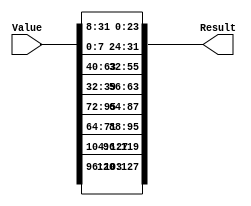
`default_nettype none
// PLEASE READ THIS, IT MAY SAVE YOU SOME TIME AND MONEY, THANK YOU!
// * This file was generated by Quokka FPGA Toolkit.
// * Generated code is your property, do whatever you want with it
// * Place custom code between [BEGIN USER ***] and [END USER ***].
// * CAUTION: All code outside of [USER] scope is subject to regeneration.
// * Bad things happen sometimes in developer's life,
//   it is recommended to use source control management software (e.g. git, bzr etc) to keep your custom code safe'n'sound.
// * Internal structure of code is subject to change.
//   You can use some of signals in custom code, but most likely they will not exist in future (e.g. will get shorter or gone completely)
// * Please send your feedback, comments, improvement ideas etc. to evmuryshkin@gmail.com
// * Visit https://github.com/EvgenyMuryshkin/QuokkaEvaluation to access latest version of playground
// 
// DISCLAIMER:
//   Code comes AS-IS, it is your responsibility to make sure it is working as expected
//   no responsibility will be taken for any loss or damage caused by use of Quokka toolkit.
// 
// System configuration name is ShiftTestModule_TopLevel_ShiftTestModule_shift, clock frequency is 1Hz, Embedded
// FSM summary
// -- Packages
module ShiftTestModule_TopLevel_ShiftTestModule_shift (
// [BEGIN USER PORTS]
// [END USER PORTS]

	input  [128: 1] Value,
	output [128: 1] Result
    );

// [BEGIN USER SIGNALS]
// [END USER SIGNALS]
localparam HiSignal = 1'b1;
localparam LoSignal = 1'b0;
wire  Zero = 1'b0;
wire  One = 1'b1;
wire  true = 1'b1;
wire  false = 1'b0;
wire  [128:1] Inputs_Value;
wire  [32:1] ShiftModule_L19F13L31T14_ShiftModule_L20F28T49_Index;
wire  [32:1] ShiftModule_L19F13L31T14_row3;
wire  [32:1] ShiftModule_L19F13L31T14_ShiftModule_L21F28T48_Index;
wire  [32:1] ShiftModule_L19F13L31T14_row2;
wire  [32:1] ShiftModule_L19F13L31T14_ShiftModule_L22F28T48_Index;
wire  [32:1] ShiftModule_L19F13L31T14_row1;
wire  [32:1] ShiftModule_L19F13L31T14_ShiftModule_L23F28T47_Index;
wire  [32:1] ShiftModule_L19F13L31T14_row0;
wire  [128:1] ShiftModule_L19F13L31T14_ShiftModule_L25F24L30T22_Source;
wire  [32:1] ShiftModule_L19F13L31T14_ShiftModule_L26F21T61_Source;
wire  [8:1] ShiftModule_L19F13L31T14_ShiftModule_L26F37T47_Index;
wire  [24:1] ShiftModule_L19F13L31T14_ShiftModule_L26F49T60_Index;
wire  [32:1] ShiftModule_L19F13L31T14_ShiftModule_L27F21T61_Source;
wire  [8:1] ShiftModule_L19F13L31T14_ShiftModule_L27F37T47_Index;
wire  [24:1] ShiftModule_L19F13L31T14_ShiftModule_L27F49T60_Index;
wire  [32:1] ShiftModule_L19F13L31T14_ShiftModule_L28F21T61_Source;
wire  [8:1] ShiftModule_L19F13L31T14_ShiftModule_L28F37T47_Index;
wire  [24:1] ShiftModule_L19F13L31T14_ShiftModule_L28F49T60_Index;
wire  [32:1] ShiftModule_L19F13L31T14_ShiftModule_L29F21T61_Source;
wire  [8:1] ShiftModule_L19F13L31T14_ShiftModule_L29F37T47_Index;
wire  [24:1] ShiftModule_L19F13L31T14_ShiftModule_L29F49T60_Index;
assign Inputs_Value = Value;
assign ShiftModule_L19F13L31T14_ShiftModule_L20F28T49_Index = Inputs_Value[128:97];
assign ShiftModule_L19F13L31T14_row3 = ShiftModule_L19F13L31T14_ShiftModule_L20F28T49_Index;
assign ShiftModule_L19F13L31T14_ShiftModule_L21F28T48_Index = Inputs_Value[96:65];
assign ShiftModule_L19F13L31T14_row2 = ShiftModule_L19F13L31T14_ShiftModule_L21F28T48_Index;
assign ShiftModule_L19F13L31T14_ShiftModule_L22F28T48_Index = Inputs_Value[64:33];
assign ShiftModule_L19F13L31T14_row1 = ShiftModule_L19F13L31T14_ShiftModule_L22F28T48_Index;
assign ShiftModule_L19F13L31T14_ShiftModule_L23F28T47_Index = Inputs_Value[32:1];
assign ShiftModule_L19F13L31T14_row0 = ShiftModule_L19F13L31T14_ShiftModule_L23F28T47_Index;
assign ShiftModule_L19F13L31T14_ShiftModule_L26F37T47_Index = ShiftModule_L19F13L31T14_row3[8:1];
assign ShiftModule_L19F13L31T14_ShiftModule_L26F49T60_Index = ShiftModule_L19F13L31T14_row3[32:9];
assign ShiftModule_L19F13L31T14_ShiftModule_L26F21T61_Source[1] = ShiftModule_L19F13L31T14_ShiftModule_L26F49T60_Index[1];
assign ShiftModule_L19F13L31T14_ShiftModule_L26F21T61_Source[2] = ShiftModule_L19F13L31T14_ShiftModule_L26F49T60_Index[2];
assign ShiftModule_L19F13L31T14_ShiftModule_L26F21T61_Source[3] = ShiftModule_L19F13L31T14_ShiftModule_L26F49T60_Index[3];
assign ShiftModule_L19F13L31T14_ShiftModule_L26F21T61_Source[4] = ShiftModule_L19F13L31T14_ShiftModule_L26F49T60_Index[4];
assign ShiftModule_L19F13L31T14_ShiftModule_L26F21T61_Source[5] = ShiftModule_L19F13L31T14_ShiftModule_L26F49T60_Index[5];
assign ShiftModule_L19F13L31T14_ShiftModule_L26F21T61_Source[6] = ShiftModule_L19F13L31T14_ShiftModule_L26F49T60_Index[6];
assign ShiftModule_L19F13L31T14_ShiftModule_L26F21T61_Source[7] = ShiftModule_L19F13L31T14_ShiftModule_L26F49T60_Index[7];
assign ShiftModule_L19F13L31T14_ShiftModule_L26F21T61_Source[8] = ShiftModule_L19F13L31T14_ShiftModule_L26F49T60_Index[8];
assign ShiftModule_L19F13L31T14_ShiftModule_L26F21T61_Source[9] = ShiftModule_L19F13L31T14_ShiftModule_L26F49T60_Index[9];
assign ShiftModule_L19F13L31T14_ShiftModule_L26F21T61_Source[10] = ShiftModule_L19F13L31T14_ShiftModule_L26F49T60_Index[10];
assign ShiftModule_L19F13L31T14_ShiftModule_L26F21T61_Source[11] = ShiftModule_L19F13L31T14_ShiftModule_L26F49T60_Index[11];
assign ShiftModule_L19F13L31T14_ShiftModule_L26F21T61_Source[12] = ShiftModule_L19F13L31T14_ShiftModule_L26F49T60_Index[12];
assign ShiftModule_L19F13L31T14_ShiftModule_L26F21T61_Source[13] = ShiftModule_L19F13L31T14_ShiftModule_L26F49T60_Index[13];
assign ShiftModule_L19F13L31T14_ShiftModule_L26F21T61_Source[14] = ShiftModule_L19F13L31T14_ShiftModule_L26F49T60_Index[14];
assign ShiftModule_L19F13L31T14_ShiftModule_L26F21T61_Source[15] = ShiftModule_L19F13L31T14_ShiftModule_L26F49T60_Index[15];
assign ShiftModule_L19F13L31T14_ShiftModule_L26F21T61_Source[16] = ShiftModule_L19F13L31T14_ShiftModule_L26F49T60_Index[16];
assign ShiftModule_L19F13L31T14_ShiftModule_L26F21T61_Source[17] = ShiftModule_L19F13L31T14_ShiftModule_L26F49T60_Index[17];
assign ShiftModule_L19F13L31T14_ShiftModule_L26F21T61_Source[18] = ShiftModule_L19F13L31T14_ShiftModule_L26F49T60_Index[18];
assign ShiftModule_L19F13L31T14_ShiftModule_L26F21T61_Source[19] = ShiftModule_L19F13L31T14_ShiftModule_L26F49T60_Index[19];
assign ShiftModule_L19F13L31T14_ShiftModule_L26F21T61_Source[20] = ShiftModule_L19F13L31T14_ShiftModule_L26F49T60_Index[20];
assign ShiftModule_L19F13L31T14_ShiftModule_L26F21T61_Source[21] = ShiftModule_L19F13L31T14_ShiftModule_L26F49T60_Index[21];
assign ShiftModule_L19F13L31T14_ShiftModule_L26F21T61_Source[22] = ShiftModule_L19F13L31T14_ShiftModule_L26F49T60_Index[22];
assign ShiftModule_L19F13L31T14_ShiftModule_L26F21T61_Source[23] = ShiftModule_L19F13L31T14_ShiftModule_L26F49T60_Index[23];
assign ShiftModule_L19F13L31T14_ShiftModule_L26F21T61_Source[24] = ShiftModule_L19F13L31T14_ShiftModule_L26F49T60_Index[24];
assign ShiftModule_L19F13L31T14_ShiftModule_L26F21T61_Source[25] = ShiftModule_L19F13L31T14_ShiftModule_L26F37T47_Index[1];
assign ShiftModule_L19F13L31T14_ShiftModule_L26F21T61_Source[26] = ShiftModule_L19F13L31T14_ShiftModule_L26F37T47_Index[2];
assign ShiftModule_L19F13L31T14_ShiftModule_L26F21T61_Source[27] = ShiftModule_L19F13L31T14_ShiftModule_L26F37T47_Index[3];
assign ShiftModule_L19F13L31T14_ShiftModule_L26F21T61_Source[28] = ShiftModule_L19F13L31T14_ShiftModule_L26F37T47_Index[4];
assign ShiftModule_L19F13L31T14_ShiftModule_L26F21T61_Source[29] = ShiftModule_L19F13L31T14_ShiftModule_L26F37T47_Index[5];
assign ShiftModule_L19F13L31T14_ShiftModule_L26F21T61_Source[30] = ShiftModule_L19F13L31T14_ShiftModule_L26F37T47_Index[6];
assign ShiftModule_L19F13L31T14_ShiftModule_L26F21T61_Source[31] = ShiftModule_L19F13L31T14_ShiftModule_L26F37T47_Index[7];
assign ShiftModule_L19F13L31T14_ShiftModule_L26F21T61_Source[32] = ShiftModule_L19F13L31T14_ShiftModule_L26F37T47_Index[8];
assign ShiftModule_L19F13L31T14_ShiftModule_L27F37T47_Index = ShiftModule_L19F13L31T14_row2[8:1];
assign ShiftModule_L19F13L31T14_ShiftModule_L27F49T60_Index = ShiftModule_L19F13L31T14_row2[32:9];
assign ShiftModule_L19F13L31T14_ShiftModule_L27F21T61_Source[1] = ShiftModule_L19F13L31T14_ShiftModule_L27F49T60_Index[1];
assign ShiftModule_L19F13L31T14_ShiftModule_L27F21T61_Source[2] = ShiftModule_L19F13L31T14_ShiftModule_L27F49T60_Index[2];
assign ShiftModule_L19F13L31T14_ShiftModule_L27F21T61_Source[3] = ShiftModule_L19F13L31T14_ShiftModule_L27F49T60_Index[3];
assign ShiftModule_L19F13L31T14_ShiftModule_L27F21T61_Source[4] = ShiftModule_L19F13L31T14_ShiftModule_L27F49T60_Index[4];
assign ShiftModule_L19F13L31T14_ShiftModule_L27F21T61_Source[5] = ShiftModule_L19F13L31T14_ShiftModule_L27F49T60_Index[5];
assign ShiftModule_L19F13L31T14_ShiftModule_L27F21T61_Source[6] = ShiftModule_L19F13L31T14_ShiftModule_L27F49T60_Index[6];
assign ShiftModule_L19F13L31T14_ShiftModule_L27F21T61_Source[7] = ShiftModule_L19F13L31T14_ShiftModule_L27F49T60_Index[7];
assign ShiftModule_L19F13L31T14_ShiftModule_L27F21T61_Source[8] = ShiftModule_L19F13L31T14_ShiftModule_L27F49T60_Index[8];
assign ShiftModule_L19F13L31T14_ShiftModule_L27F21T61_Source[9] = ShiftModule_L19F13L31T14_ShiftModule_L27F49T60_Index[9];
assign ShiftModule_L19F13L31T14_ShiftModule_L27F21T61_Source[10] = ShiftModule_L19F13L31T14_ShiftModule_L27F49T60_Index[10];
assign ShiftModule_L19F13L31T14_ShiftModule_L27F21T61_Source[11] = ShiftModule_L19F13L31T14_ShiftModule_L27F49T60_Index[11];
assign ShiftModule_L19F13L31T14_ShiftModule_L27F21T61_Source[12] = ShiftModule_L19F13L31T14_ShiftModule_L27F49T60_Index[12];
assign ShiftModule_L19F13L31T14_ShiftModule_L27F21T61_Source[13] = ShiftModule_L19F13L31T14_ShiftModule_L27F49T60_Index[13];
assign ShiftModule_L19F13L31T14_ShiftModule_L27F21T61_Source[14] = ShiftModule_L19F13L31T14_ShiftModule_L27F49T60_Index[14];
assign ShiftModule_L19F13L31T14_ShiftModule_L27F21T61_Source[15] = ShiftModule_L19F13L31T14_ShiftModule_L27F49T60_Index[15];
assign ShiftModule_L19F13L31T14_ShiftModule_L27F21T61_Source[16] = ShiftModule_L19F13L31T14_ShiftModule_L27F49T60_Index[16];
assign ShiftModule_L19F13L31T14_ShiftModule_L27F21T61_Source[17] = ShiftModule_L19F13L31T14_ShiftModule_L27F49T60_Index[17];
assign ShiftModule_L19F13L31T14_ShiftModule_L27F21T61_Source[18] = ShiftModule_L19F13L31T14_ShiftModule_L27F49T60_Index[18];
assign ShiftModule_L19F13L31T14_ShiftModule_L27F21T61_Source[19] = ShiftModule_L19F13L31T14_ShiftModule_L27F49T60_Index[19];
assign ShiftModule_L19F13L31T14_ShiftModule_L27F21T61_Source[20] = ShiftModule_L19F13L31T14_ShiftModule_L27F49T60_Index[20];
assign ShiftModule_L19F13L31T14_ShiftModule_L27F21T61_Source[21] = ShiftModule_L19F13L31T14_ShiftModule_L27F49T60_Index[21];
assign ShiftModule_L19F13L31T14_ShiftModule_L27F21T61_Source[22] = ShiftModule_L19F13L31T14_ShiftModule_L27F49T60_Index[22];
assign ShiftModule_L19F13L31T14_ShiftModule_L27F21T61_Source[23] = ShiftModule_L19F13L31T14_ShiftModule_L27F49T60_Index[23];
assign ShiftModule_L19F13L31T14_ShiftModule_L27F21T61_Source[24] = ShiftModule_L19F13L31T14_ShiftModule_L27F49T60_Index[24];
assign ShiftModule_L19F13L31T14_ShiftModule_L27F21T61_Source[25] = ShiftModule_L19F13L31T14_ShiftModule_L27F37T47_Index[1];
assign ShiftModule_L19F13L31T14_ShiftModule_L27F21T61_Source[26] = ShiftModule_L19F13L31T14_ShiftModule_L27F37T47_Index[2];
assign ShiftModule_L19F13L31T14_ShiftModule_L27F21T61_Source[27] = ShiftModule_L19F13L31T14_ShiftModule_L27F37T47_Index[3];
assign ShiftModule_L19F13L31T14_ShiftModule_L27F21T61_Source[28] = ShiftModule_L19F13L31T14_ShiftModule_L27F37T47_Index[4];
assign ShiftModule_L19F13L31T14_ShiftModule_L27F21T61_Source[29] = ShiftModule_L19F13L31T14_ShiftModule_L27F37T47_Index[5];
assign ShiftModule_L19F13L31T14_ShiftModule_L27F21T61_Source[30] = ShiftModule_L19F13L31T14_ShiftModule_L27F37T47_Index[6];
assign ShiftModule_L19F13L31T14_ShiftModule_L27F21T61_Source[31] = ShiftModule_L19F13L31T14_ShiftModule_L27F37T47_Index[7];
assign ShiftModule_L19F13L31T14_ShiftModule_L27F21T61_Source[32] = ShiftModule_L19F13L31T14_ShiftModule_L27F37T47_Index[8];
assign ShiftModule_L19F13L31T14_ShiftModule_L28F37T47_Index = ShiftModule_L19F13L31T14_row1[8:1];
assign ShiftModule_L19F13L31T14_ShiftModule_L28F49T60_Index = ShiftModule_L19F13L31T14_row1[32:9];
assign ShiftModule_L19F13L31T14_ShiftModule_L28F21T61_Source[1] = ShiftModule_L19F13L31T14_ShiftModule_L28F49T60_Index[1];
assign ShiftModule_L19F13L31T14_ShiftModule_L28F21T61_Source[2] = ShiftModule_L19F13L31T14_ShiftModule_L28F49T60_Index[2];
assign ShiftModule_L19F13L31T14_ShiftModule_L28F21T61_Source[3] = ShiftModule_L19F13L31T14_ShiftModule_L28F49T60_Index[3];
assign ShiftModule_L19F13L31T14_ShiftModule_L28F21T61_Source[4] = ShiftModule_L19F13L31T14_ShiftModule_L28F49T60_Index[4];
assign ShiftModule_L19F13L31T14_ShiftModule_L28F21T61_Source[5] = ShiftModule_L19F13L31T14_ShiftModule_L28F49T60_Index[5];
assign ShiftModule_L19F13L31T14_ShiftModule_L28F21T61_Source[6] = ShiftModule_L19F13L31T14_ShiftModule_L28F49T60_Index[6];
assign ShiftModule_L19F13L31T14_ShiftModule_L28F21T61_Source[7] = ShiftModule_L19F13L31T14_ShiftModule_L28F49T60_Index[7];
assign ShiftModule_L19F13L31T14_ShiftModule_L28F21T61_Source[8] = ShiftModule_L19F13L31T14_ShiftModule_L28F49T60_Index[8];
assign ShiftModule_L19F13L31T14_ShiftModule_L28F21T61_Source[9] = ShiftModule_L19F13L31T14_ShiftModule_L28F49T60_Index[9];
assign ShiftModule_L19F13L31T14_ShiftModule_L28F21T61_Source[10] = ShiftModule_L19F13L31T14_ShiftModule_L28F49T60_Index[10];
assign ShiftModule_L19F13L31T14_ShiftModule_L28F21T61_Source[11] = ShiftModule_L19F13L31T14_ShiftModule_L28F49T60_Index[11];
assign ShiftModule_L19F13L31T14_ShiftModule_L28F21T61_Source[12] = ShiftModule_L19F13L31T14_ShiftModule_L28F49T60_Index[12];
assign ShiftModule_L19F13L31T14_ShiftModule_L28F21T61_Source[13] = ShiftModule_L19F13L31T14_ShiftModule_L28F49T60_Index[13];
assign ShiftModule_L19F13L31T14_ShiftModule_L28F21T61_Source[14] = ShiftModule_L19F13L31T14_ShiftModule_L28F49T60_Index[14];
assign ShiftModule_L19F13L31T14_ShiftModule_L28F21T61_Source[15] = ShiftModule_L19F13L31T14_ShiftModule_L28F49T60_Index[15];
assign ShiftModule_L19F13L31T14_ShiftModule_L28F21T61_Source[16] = ShiftModule_L19F13L31T14_ShiftModule_L28F49T60_Index[16];
assign ShiftModule_L19F13L31T14_ShiftModule_L28F21T61_Source[17] = ShiftModule_L19F13L31T14_ShiftModule_L28F49T60_Index[17];
assign ShiftModule_L19F13L31T14_ShiftModule_L28F21T61_Source[18] = ShiftModule_L19F13L31T14_ShiftModule_L28F49T60_Index[18];
assign ShiftModule_L19F13L31T14_ShiftModule_L28F21T61_Source[19] = ShiftModule_L19F13L31T14_ShiftModule_L28F49T60_Index[19];
assign ShiftModule_L19F13L31T14_ShiftModule_L28F21T61_Source[20] = ShiftModule_L19F13L31T14_ShiftModule_L28F49T60_Index[20];
assign ShiftModule_L19F13L31T14_ShiftModule_L28F21T61_Source[21] = ShiftModule_L19F13L31T14_ShiftModule_L28F49T60_Index[21];
assign ShiftModule_L19F13L31T14_ShiftModule_L28F21T61_Source[22] = ShiftModule_L19F13L31T14_ShiftModule_L28F49T60_Index[22];
assign ShiftModule_L19F13L31T14_ShiftModule_L28F21T61_Source[23] = ShiftModule_L19F13L31T14_ShiftModule_L28F49T60_Index[23];
assign ShiftModule_L19F13L31T14_ShiftModule_L28F21T61_Source[24] = ShiftModule_L19F13L31T14_ShiftModule_L28F49T60_Index[24];
assign ShiftModule_L19F13L31T14_ShiftModule_L28F21T61_Source[25] = ShiftModule_L19F13L31T14_ShiftModule_L28F37T47_Index[1];
assign ShiftModule_L19F13L31T14_ShiftModule_L28F21T61_Source[26] = ShiftModule_L19F13L31T14_ShiftModule_L28F37T47_Index[2];
assign ShiftModule_L19F13L31T14_ShiftModule_L28F21T61_Source[27] = ShiftModule_L19F13L31T14_ShiftModule_L28F37T47_Index[3];
assign ShiftModule_L19F13L31T14_ShiftModule_L28F21T61_Source[28] = ShiftModule_L19F13L31T14_ShiftModule_L28F37T47_Index[4];
assign ShiftModule_L19F13L31T14_ShiftModule_L28F21T61_Source[29] = ShiftModule_L19F13L31T14_ShiftModule_L28F37T47_Index[5];
assign ShiftModule_L19F13L31T14_ShiftModule_L28F21T61_Source[30] = ShiftModule_L19F13L31T14_ShiftModule_L28F37T47_Index[6];
assign ShiftModule_L19F13L31T14_ShiftModule_L28F21T61_Source[31] = ShiftModule_L19F13L31T14_ShiftModule_L28F37T47_Index[7];
assign ShiftModule_L19F13L31T14_ShiftModule_L28F21T61_Source[32] = ShiftModule_L19F13L31T14_ShiftModule_L28F37T47_Index[8];
assign ShiftModule_L19F13L31T14_ShiftModule_L29F37T47_Index = ShiftModule_L19F13L31T14_row0[8:1];
assign ShiftModule_L19F13L31T14_ShiftModule_L29F49T60_Index = ShiftModule_L19F13L31T14_row0[32:9];
assign ShiftModule_L19F13L31T14_ShiftModule_L29F21T61_Source[1] = ShiftModule_L19F13L31T14_ShiftModule_L29F49T60_Index[1];
assign ShiftModule_L19F13L31T14_ShiftModule_L29F21T61_Source[2] = ShiftModule_L19F13L31T14_ShiftModule_L29F49T60_Index[2];
assign ShiftModule_L19F13L31T14_ShiftModule_L29F21T61_Source[3] = ShiftModule_L19F13L31T14_ShiftModule_L29F49T60_Index[3];
assign ShiftModule_L19F13L31T14_ShiftModule_L29F21T61_Source[4] = ShiftModule_L19F13L31T14_ShiftModule_L29F49T60_Index[4];
assign ShiftModule_L19F13L31T14_ShiftModule_L29F21T61_Source[5] = ShiftModule_L19F13L31T14_ShiftModule_L29F49T60_Index[5];
assign ShiftModule_L19F13L31T14_ShiftModule_L29F21T61_Source[6] = ShiftModule_L19F13L31T14_ShiftModule_L29F49T60_Index[6];
assign ShiftModule_L19F13L31T14_ShiftModule_L29F21T61_Source[7] = ShiftModule_L19F13L31T14_ShiftModule_L29F49T60_Index[7];
assign ShiftModule_L19F13L31T14_ShiftModule_L29F21T61_Source[8] = ShiftModule_L19F13L31T14_ShiftModule_L29F49T60_Index[8];
assign ShiftModule_L19F13L31T14_ShiftModule_L29F21T61_Source[9] = ShiftModule_L19F13L31T14_ShiftModule_L29F49T60_Index[9];
assign ShiftModule_L19F13L31T14_ShiftModule_L29F21T61_Source[10] = ShiftModule_L19F13L31T14_ShiftModule_L29F49T60_Index[10];
assign ShiftModule_L19F13L31T14_ShiftModule_L29F21T61_Source[11] = ShiftModule_L19F13L31T14_ShiftModule_L29F49T60_Index[11];
assign ShiftModule_L19F13L31T14_ShiftModule_L29F21T61_Source[12] = ShiftModule_L19F13L31T14_ShiftModule_L29F49T60_Index[12];
assign ShiftModule_L19F13L31T14_ShiftModule_L29F21T61_Source[13] = ShiftModule_L19F13L31T14_ShiftModule_L29F49T60_Index[13];
assign ShiftModule_L19F13L31T14_ShiftModule_L29F21T61_Source[14] = ShiftModule_L19F13L31T14_ShiftModule_L29F49T60_Index[14];
assign ShiftModule_L19F13L31T14_ShiftModule_L29F21T61_Source[15] = ShiftModule_L19F13L31T14_ShiftModule_L29F49T60_Index[15];
assign ShiftModule_L19F13L31T14_ShiftModule_L29F21T61_Source[16] = ShiftModule_L19F13L31T14_ShiftModule_L29F49T60_Index[16];
assign ShiftModule_L19F13L31T14_ShiftModule_L29F21T61_Source[17] = ShiftModule_L19F13L31T14_ShiftModule_L29F49T60_Index[17];
assign ShiftModule_L19F13L31T14_ShiftModule_L29F21T61_Source[18] = ShiftModule_L19F13L31T14_ShiftModule_L29F49T60_Index[18];
assign ShiftModule_L19F13L31T14_ShiftModule_L29F21T61_Source[19] = ShiftModule_L19F13L31T14_ShiftModule_L29F49T60_Index[19];
assign ShiftModule_L19F13L31T14_ShiftModule_L29F21T61_Source[20] = ShiftModule_L19F13L31T14_ShiftModule_L29F49T60_Index[20];
assign ShiftModule_L19F13L31T14_ShiftModule_L29F21T61_Source[21] = ShiftModule_L19F13L31T14_ShiftModule_L29F49T60_Index[21];
assign ShiftModule_L19F13L31T14_ShiftModule_L29F21T61_Source[22] = ShiftModule_L19F13L31T14_ShiftModule_L29F49T60_Index[22];
assign ShiftModule_L19F13L31T14_ShiftModule_L29F21T61_Source[23] = ShiftModule_L19F13L31T14_ShiftModule_L29F49T60_Index[23];
assign ShiftModule_L19F13L31T14_ShiftModule_L29F21T61_Source[24] = ShiftModule_L19F13L31T14_ShiftModule_L29F49T60_Index[24];
assign ShiftModule_L19F13L31T14_ShiftModule_L29F21T61_Source[25] = ShiftModule_L19F13L31T14_ShiftModule_L29F37T47_Index[1];
assign ShiftModule_L19F13L31T14_ShiftModule_L29F21T61_Source[26] = ShiftModule_L19F13L31T14_ShiftModule_L29F37T47_Index[2];
assign ShiftModule_L19F13L31T14_ShiftModule_L29F21T61_Source[27] = ShiftModule_L19F13L31T14_ShiftModule_L29F37T47_Index[3];
assign ShiftModule_L19F13L31T14_ShiftModule_L29F21T61_Source[28] = ShiftModule_L19F13L31T14_ShiftModule_L29F37T47_Index[4];
assign ShiftModule_L19F13L31T14_ShiftModule_L29F21T61_Source[29] = ShiftModule_L19F13L31T14_ShiftModule_L29F37T47_Index[5];
assign ShiftModule_L19F13L31T14_ShiftModule_L29F21T61_Source[30] = ShiftModule_L19F13L31T14_ShiftModule_L29F37T47_Index[6];
assign ShiftModule_L19F13L31T14_ShiftModule_L29F21T61_Source[31] = ShiftModule_L19F13L31T14_ShiftModule_L29F37T47_Index[7];
assign ShiftModule_L19F13L31T14_ShiftModule_L29F21T61_Source[32] = ShiftModule_L19F13L31T14_ShiftModule_L29F37T47_Index[8];
assign ShiftModule_L19F13L31T14_ShiftModule_L25F24L30T22_Source[1] = ShiftModule_L19F13L31T14_ShiftModule_L29F21T61_Source[1];
assign ShiftModule_L19F13L31T14_ShiftModule_L25F24L30T22_Source[2] = ShiftModule_L19F13L31T14_ShiftModule_L29F21T61_Source[2];
assign ShiftModule_L19F13L31T14_ShiftModule_L25F24L30T22_Source[3] = ShiftModule_L19F13L31T14_ShiftModule_L29F21T61_Source[3];
assign ShiftModule_L19F13L31T14_ShiftModule_L25F24L30T22_Source[4] = ShiftModule_L19F13L31T14_ShiftModule_L29F21T61_Source[4];
assign ShiftModule_L19F13L31T14_ShiftModule_L25F24L30T22_Source[5] = ShiftModule_L19F13L31T14_ShiftModule_L29F21T61_Source[5];
assign ShiftModule_L19F13L31T14_ShiftModule_L25F24L30T22_Source[6] = ShiftModule_L19F13L31T14_ShiftModule_L29F21T61_Source[6];
assign ShiftModule_L19F13L31T14_ShiftModule_L25F24L30T22_Source[7] = ShiftModule_L19F13L31T14_ShiftModule_L29F21T61_Source[7];
assign ShiftModule_L19F13L31T14_ShiftModule_L25F24L30T22_Source[8] = ShiftModule_L19F13L31T14_ShiftModule_L29F21T61_Source[8];
assign ShiftModule_L19F13L31T14_ShiftModule_L25F24L30T22_Source[9] = ShiftModule_L19F13L31T14_ShiftModule_L29F21T61_Source[9];
assign ShiftModule_L19F13L31T14_ShiftModule_L25F24L30T22_Source[10] = ShiftModule_L19F13L31T14_ShiftModule_L29F21T61_Source[10];
assign ShiftModule_L19F13L31T14_ShiftModule_L25F24L30T22_Source[11] = ShiftModule_L19F13L31T14_ShiftModule_L29F21T61_Source[11];
assign ShiftModule_L19F13L31T14_ShiftModule_L25F24L30T22_Source[12] = ShiftModule_L19F13L31T14_ShiftModule_L29F21T61_Source[12];
assign ShiftModule_L19F13L31T14_ShiftModule_L25F24L30T22_Source[13] = ShiftModule_L19F13L31T14_ShiftModule_L29F21T61_Source[13];
assign ShiftModule_L19F13L31T14_ShiftModule_L25F24L30T22_Source[14] = ShiftModule_L19F13L31T14_ShiftModule_L29F21T61_Source[14];
assign ShiftModule_L19F13L31T14_ShiftModule_L25F24L30T22_Source[15] = ShiftModule_L19F13L31T14_ShiftModule_L29F21T61_Source[15];
assign ShiftModule_L19F13L31T14_ShiftModule_L25F24L30T22_Source[16] = ShiftModule_L19F13L31T14_ShiftModule_L29F21T61_Source[16];
assign ShiftModule_L19F13L31T14_ShiftModule_L25F24L30T22_Source[17] = ShiftModule_L19F13L31T14_ShiftModule_L29F21T61_Source[17];
assign ShiftModule_L19F13L31T14_ShiftModule_L25F24L30T22_Source[18] = ShiftModule_L19F13L31T14_ShiftModule_L29F21T61_Source[18];
assign ShiftModule_L19F13L31T14_ShiftModule_L25F24L30T22_Source[19] = ShiftModule_L19F13L31T14_ShiftModule_L29F21T61_Source[19];
assign ShiftModule_L19F13L31T14_ShiftModule_L25F24L30T22_Source[20] = ShiftModule_L19F13L31T14_ShiftModule_L29F21T61_Source[20];
assign ShiftModule_L19F13L31T14_ShiftModule_L25F24L30T22_Source[21] = ShiftModule_L19F13L31T14_ShiftModule_L29F21T61_Source[21];
assign ShiftModule_L19F13L31T14_ShiftModule_L25F24L30T22_Source[22] = ShiftModule_L19F13L31T14_ShiftModule_L29F21T61_Source[22];
assign ShiftModule_L19F13L31T14_ShiftModule_L25F24L30T22_Source[23] = ShiftModule_L19F13L31T14_ShiftModule_L29F21T61_Source[23];
assign ShiftModule_L19F13L31T14_ShiftModule_L25F24L30T22_Source[24] = ShiftModule_L19F13L31T14_ShiftModule_L29F21T61_Source[24];
assign ShiftModule_L19F13L31T14_ShiftModule_L25F24L30T22_Source[25] = ShiftModule_L19F13L31T14_ShiftModule_L29F21T61_Source[25];
assign ShiftModule_L19F13L31T14_ShiftModule_L25F24L30T22_Source[26] = ShiftModule_L19F13L31T14_ShiftModule_L29F21T61_Source[26];
assign ShiftModule_L19F13L31T14_ShiftModule_L25F24L30T22_Source[27] = ShiftModule_L19F13L31T14_ShiftModule_L29F21T61_Source[27];
assign ShiftModule_L19F13L31T14_ShiftModule_L25F24L30T22_Source[28] = ShiftModule_L19F13L31T14_ShiftModule_L29F21T61_Source[28];
assign ShiftModule_L19F13L31T14_ShiftModule_L25F24L30T22_Source[29] = ShiftModule_L19F13L31T14_ShiftModule_L29F21T61_Source[29];
assign ShiftModule_L19F13L31T14_ShiftModule_L25F24L30T22_Source[30] = ShiftModule_L19F13L31T14_ShiftModule_L29F21T61_Source[30];
assign ShiftModule_L19F13L31T14_ShiftModule_L25F24L30T22_Source[31] = ShiftModule_L19F13L31T14_ShiftModule_L29F21T61_Source[31];
assign ShiftModule_L19F13L31T14_ShiftModule_L25F24L30T22_Source[32] = ShiftModule_L19F13L31T14_ShiftModule_L29F21T61_Source[32];
assign ShiftModule_L19F13L31T14_ShiftModule_L25F24L30T22_Source[33] = ShiftModule_L19F13L31T14_ShiftModule_L28F21T61_Source[1];
assign ShiftModule_L19F13L31T14_ShiftModule_L25F24L30T22_Source[34] = ShiftModule_L19F13L31T14_ShiftModule_L28F21T61_Source[2];
assign ShiftModule_L19F13L31T14_ShiftModule_L25F24L30T22_Source[35] = ShiftModule_L19F13L31T14_ShiftModule_L28F21T61_Source[3];
assign ShiftModule_L19F13L31T14_ShiftModule_L25F24L30T22_Source[36] = ShiftModule_L19F13L31T14_ShiftModule_L28F21T61_Source[4];
assign ShiftModule_L19F13L31T14_ShiftModule_L25F24L30T22_Source[37] = ShiftModule_L19F13L31T14_ShiftModule_L28F21T61_Source[5];
assign ShiftModule_L19F13L31T14_ShiftModule_L25F24L30T22_Source[38] = ShiftModule_L19F13L31T14_ShiftModule_L28F21T61_Source[6];
assign ShiftModule_L19F13L31T14_ShiftModule_L25F24L30T22_Source[39] = ShiftModule_L19F13L31T14_ShiftModule_L28F21T61_Source[7];
assign ShiftModule_L19F13L31T14_ShiftModule_L25F24L30T22_Source[40] = ShiftModule_L19F13L31T14_ShiftModule_L28F21T61_Source[8];
assign ShiftModule_L19F13L31T14_ShiftModule_L25F24L30T22_Source[41] = ShiftModule_L19F13L31T14_ShiftModule_L28F21T61_Source[9];
assign ShiftModule_L19F13L31T14_ShiftModule_L25F24L30T22_Source[42] = ShiftModule_L19F13L31T14_ShiftModule_L28F21T61_Source[10];
assign ShiftModule_L19F13L31T14_ShiftModule_L25F24L30T22_Source[43] = ShiftModule_L19F13L31T14_ShiftModule_L28F21T61_Source[11];
assign ShiftModule_L19F13L31T14_ShiftModule_L25F24L30T22_Source[44] = ShiftModule_L19F13L31T14_ShiftModule_L28F21T61_Source[12];
assign ShiftModule_L19F13L31T14_ShiftModule_L25F24L30T22_Source[45] = ShiftModule_L19F13L31T14_ShiftModule_L28F21T61_Source[13];
assign ShiftModule_L19F13L31T14_ShiftModule_L25F24L30T22_Source[46] = ShiftModule_L19F13L31T14_ShiftModule_L28F21T61_Source[14];
assign ShiftModule_L19F13L31T14_ShiftModule_L25F24L30T22_Source[47] = ShiftModule_L19F13L31T14_ShiftModule_L28F21T61_Source[15];
assign ShiftModule_L19F13L31T14_ShiftModule_L25F24L30T22_Source[48] = ShiftModule_L19F13L31T14_ShiftModule_L28F21T61_Source[16];
assign ShiftModule_L19F13L31T14_ShiftModule_L25F24L30T22_Source[49] = ShiftModule_L19F13L31T14_ShiftModule_L28F21T61_Source[17];
assign ShiftModule_L19F13L31T14_ShiftModule_L25F24L30T22_Source[50] = ShiftModule_L19F13L31T14_ShiftModule_L28F21T61_Source[18];
assign ShiftModule_L19F13L31T14_ShiftModule_L25F24L30T22_Source[51] = ShiftModule_L19F13L31T14_ShiftModule_L28F21T61_Source[19];
assign ShiftModule_L19F13L31T14_ShiftModule_L25F24L30T22_Source[52] = ShiftModule_L19F13L31T14_ShiftModule_L28F21T61_Source[20];
assign ShiftModule_L19F13L31T14_ShiftModule_L25F24L30T22_Source[53] = ShiftModule_L19F13L31T14_ShiftModule_L28F21T61_Source[21];
assign ShiftModule_L19F13L31T14_ShiftModule_L25F24L30T22_Source[54] = ShiftModule_L19F13L31T14_ShiftModule_L28F21T61_Source[22];
assign ShiftModule_L19F13L31T14_ShiftModule_L25F24L30T22_Source[55] = ShiftModule_L19F13L31T14_ShiftModule_L28F21T61_Source[23];
assign ShiftModule_L19F13L31T14_ShiftModule_L25F24L30T22_Source[56] = ShiftModule_L19F13L31T14_ShiftModule_L28F21T61_Source[24];
assign ShiftModule_L19F13L31T14_ShiftModule_L25F24L30T22_Source[57] = ShiftModule_L19F13L31T14_ShiftModule_L28F21T61_Source[25];
assign ShiftModule_L19F13L31T14_ShiftModule_L25F24L30T22_Source[58] = ShiftModule_L19F13L31T14_ShiftModule_L28F21T61_Source[26];
assign ShiftModule_L19F13L31T14_ShiftModule_L25F24L30T22_Source[59] = ShiftModule_L19F13L31T14_ShiftModule_L28F21T61_Source[27];
assign ShiftModule_L19F13L31T14_ShiftModule_L25F24L30T22_Source[60] = ShiftModule_L19F13L31T14_ShiftModule_L28F21T61_Source[28];
assign ShiftModule_L19F13L31T14_ShiftModule_L25F24L30T22_Source[61] = ShiftModule_L19F13L31T14_ShiftModule_L28F21T61_Source[29];
assign ShiftModule_L19F13L31T14_ShiftModule_L25F24L30T22_Source[62] = ShiftModule_L19F13L31T14_ShiftModule_L28F21T61_Source[30];
assign ShiftModule_L19F13L31T14_ShiftModule_L25F24L30T22_Source[63] = ShiftModule_L19F13L31T14_ShiftModule_L28F21T61_Source[31];
assign ShiftModule_L19F13L31T14_ShiftModule_L25F24L30T22_Source[64] = ShiftModule_L19F13L31T14_ShiftModule_L28F21T61_Source[32];
assign ShiftModule_L19F13L31T14_ShiftModule_L25F24L30T22_Source[65] = ShiftModule_L19F13L31T14_ShiftModule_L27F21T61_Source[1];
assign ShiftModule_L19F13L31T14_ShiftModule_L25F24L30T22_Source[66] = ShiftModule_L19F13L31T14_ShiftModule_L27F21T61_Source[2];
assign ShiftModule_L19F13L31T14_ShiftModule_L25F24L30T22_Source[67] = ShiftModule_L19F13L31T14_ShiftModule_L27F21T61_Source[3];
assign ShiftModule_L19F13L31T14_ShiftModule_L25F24L30T22_Source[68] = ShiftModule_L19F13L31T14_ShiftModule_L27F21T61_Source[4];
assign ShiftModule_L19F13L31T14_ShiftModule_L25F24L30T22_Source[69] = ShiftModule_L19F13L31T14_ShiftModule_L27F21T61_Source[5];
assign ShiftModule_L19F13L31T14_ShiftModule_L25F24L30T22_Source[70] = ShiftModule_L19F13L31T14_ShiftModule_L27F21T61_Source[6];
assign ShiftModule_L19F13L31T14_ShiftModule_L25F24L30T22_Source[71] = ShiftModule_L19F13L31T14_ShiftModule_L27F21T61_Source[7];
assign ShiftModule_L19F13L31T14_ShiftModule_L25F24L30T22_Source[72] = ShiftModule_L19F13L31T14_ShiftModule_L27F21T61_Source[8];
assign ShiftModule_L19F13L31T14_ShiftModule_L25F24L30T22_Source[73] = ShiftModule_L19F13L31T14_ShiftModule_L27F21T61_Source[9];
assign ShiftModule_L19F13L31T14_ShiftModule_L25F24L30T22_Source[74] = ShiftModule_L19F13L31T14_ShiftModule_L27F21T61_Source[10];
assign ShiftModule_L19F13L31T14_ShiftModule_L25F24L30T22_Source[75] = ShiftModule_L19F13L31T14_ShiftModule_L27F21T61_Source[11];
assign ShiftModule_L19F13L31T14_ShiftModule_L25F24L30T22_Source[76] = ShiftModule_L19F13L31T14_ShiftModule_L27F21T61_Source[12];
assign ShiftModule_L19F13L31T14_ShiftModule_L25F24L30T22_Source[77] = ShiftModule_L19F13L31T14_ShiftModule_L27F21T61_Source[13];
assign ShiftModule_L19F13L31T14_ShiftModule_L25F24L30T22_Source[78] = ShiftModule_L19F13L31T14_ShiftModule_L27F21T61_Source[14];
assign ShiftModule_L19F13L31T14_ShiftModule_L25F24L30T22_Source[79] = ShiftModule_L19F13L31T14_ShiftModule_L27F21T61_Source[15];
assign ShiftModule_L19F13L31T14_ShiftModule_L25F24L30T22_Source[80] = ShiftModule_L19F13L31T14_ShiftModule_L27F21T61_Source[16];
assign ShiftModule_L19F13L31T14_ShiftModule_L25F24L30T22_Source[81] = ShiftModule_L19F13L31T14_ShiftModule_L27F21T61_Source[17];
assign ShiftModule_L19F13L31T14_ShiftModule_L25F24L30T22_Source[82] = ShiftModule_L19F13L31T14_ShiftModule_L27F21T61_Source[18];
assign ShiftModule_L19F13L31T14_ShiftModule_L25F24L30T22_Source[83] = ShiftModule_L19F13L31T14_ShiftModule_L27F21T61_Source[19];
assign ShiftModule_L19F13L31T14_ShiftModule_L25F24L30T22_Source[84] = ShiftModule_L19F13L31T14_ShiftModule_L27F21T61_Source[20];
assign ShiftModule_L19F13L31T14_ShiftModule_L25F24L30T22_Source[85] = ShiftModule_L19F13L31T14_ShiftModule_L27F21T61_Source[21];
assign ShiftModule_L19F13L31T14_ShiftModule_L25F24L30T22_Source[86] = ShiftModule_L19F13L31T14_ShiftModule_L27F21T61_Source[22];
assign ShiftModule_L19F13L31T14_ShiftModule_L25F24L30T22_Source[87] = ShiftModule_L19F13L31T14_ShiftModule_L27F21T61_Source[23];
assign ShiftModule_L19F13L31T14_ShiftModule_L25F24L30T22_Source[88] = ShiftModule_L19F13L31T14_ShiftModule_L27F21T61_Source[24];
assign ShiftModule_L19F13L31T14_ShiftModule_L25F24L30T22_Source[89] = ShiftModule_L19F13L31T14_ShiftModule_L27F21T61_Source[25];
assign ShiftModule_L19F13L31T14_ShiftModule_L25F24L30T22_Source[90] = ShiftModule_L19F13L31T14_ShiftModule_L27F21T61_Source[26];
assign ShiftModule_L19F13L31T14_ShiftModule_L25F24L30T22_Source[91] = ShiftModule_L19F13L31T14_ShiftModule_L27F21T61_Source[27];
assign ShiftModule_L19F13L31T14_ShiftModule_L25F24L30T22_Source[92] = ShiftModule_L19F13L31T14_ShiftModule_L27F21T61_Source[28];
assign ShiftModule_L19F13L31T14_ShiftModule_L25F24L30T22_Source[93] = ShiftModule_L19F13L31T14_ShiftModule_L27F21T61_Source[29];
assign ShiftModule_L19F13L31T14_ShiftModule_L25F24L30T22_Source[94] = ShiftModule_L19F13L31T14_ShiftModule_L27F21T61_Source[30];
assign ShiftModule_L19F13L31T14_ShiftModule_L25F24L30T22_Source[95] = ShiftModule_L19F13L31T14_ShiftModule_L27F21T61_Source[31];
assign ShiftModule_L19F13L31T14_ShiftModule_L25F24L30T22_Source[96] = ShiftModule_L19F13L31T14_ShiftModule_L27F21T61_Source[32];
assign ShiftModule_L19F13L31T14_ShiftModule_L25F24L30T22_Source[97] = ShiftModule_L19F13L31T14_ShiftModule_L26F21T61_Source[1];
assign ShiftModule_L19F13L31T14_ShiftModule_L25F24L30T22_Source[98] = ShiftModule_L19F13L31T14_ShiftModule_L26F21T61_Source[2];
assign ShiftModule_L19F13L31T14_ShiftModule_L25F24L30T22_Source[99] = ShiftModule_L19F13L31T14_ShiftModule_L26F21T61_Source[3];
assign ShiftModule_L19F13L31T14_ShiftModule_L25F24L30T22_Source[100] = ShiftModule_L19F13L31T14_ShiftModule_L26F21T61_Source[4];
assign ShiftModule_L19F13L31T14_ShiftModule_L25F24L30T22_Source[101] = ShiftModule_L19F13L31T14_ShiftModule_L26F21T61_Source[5];
assign ShiftModule_L19F13L31T14_ShiftModule_L25F24L30T22_Source[102] = ShiftModule_L19F13L31T14_ShiftModule_L26F21T61_Source[6];
assign ShiftModule_L19F13L31T14_ShiftModule_L25F24L30T22_Source[103] = ShiftModule_L19F13L31T14_ShiftModule_L26F21T61_Source[7];
assign ShiftModule_L19F13L31T14_ShiftModule_L25F24L30T22_Source[104] = ShiftModule_L19F13L31T14_ShiftModule_L26F21T61_Source[8];
assign ShiftModule_L19F13L31T14_ShiftModule_L25F24L30T22_Source[105] = ShiftModule_L19F13L31T14_ShiftModule_L26F21T61_Source[9];
assign ShiftModule_L19F13L31T14_ShiftModule_L25F24L30T22_Source[106] = ShiftModule_L19F13L31T14_ShiftModule_L26F21T61_Source[10];
assign ShiftModule_L19F13L31T14_ShiftModule_L25F24L30T22_Source[107] = ShiftModule_L19F13L31T14_ShiftModule_L26F21T61_Source[11];
assign ShiftModule_L19F13L31T14_ShiftModule_L25F24L30T22_Source[108] = ShiftModule_L19F13L31T14_ShiftModule_L26F21T61_Source[12];
assign ShiftModule_L19F13L31T14_ShiftModule_L25F24L30T22_Source[109] = ShiftModule_L19F13L31T14_ShiftModule_L26F21T61_Source[13];
assign ShiftModule_L19F13L31T14_ShiftModule_L25F24L30T22_Source[110] = ShiftModule_L19F13L31T14_ShiftModule_L26F21T61_Source[14];
assign ShiftModule_L19F13L31T14_ShiftModule_L25F24L30T22_Source[111] = ShiftModule_L19F13L31T14_ShiftModule_L26F21T61_Source[15];
assign ShiftModule_L19F13L31T14_ShiftModule_L25F24L30T22_Source[112] = ShiftModule_L19F13L31T14_ShiftModule_L26F21T61_Source[16];
assign ShiftModule_L19F13L31T14_ShiftModule_L25F24L30T22_Source[113] = ShiftModule_L19F13L31T14_ShiftModule_L26F21T61_Source[17];
assign ShiftModule_L19F13L31T14_ShiftModule_L25F24L30T22_Source[114] = ShiftModule_L19F13L31T14_ShiftModule_L26F21T61_Source[18];
assign ShiftModule_L19F13L31T14_ShiftModule_L25F24L30T22_Source[115] = ShiftModule_L19F13L31T14_ShiftModule_L26F21T61_Source[19];
assign ShiftModule_L19F13L31T14_ShiftModule_L25F24L30T22_Source[116] = ShiftModule_L19F13L31T14_ShiftModule_L26F21T61_Source[20];
assign ShiftModule_L19F13L31T14_ShiftModule_L25F24L30T22_Source[117] = ShiftModule_L19F13L31T14_ShiftModule_L26F21T61_Source[21];
assign ShiftModule_L19F13L31T14_ShiftModule_L25F24L30T22_Source[118] = ShiftModule_L19F13L31T14_ShiftModule_L26F21T61_Source[22];
assign ShiftModule_L19F13L31T14_ShiftModule_L25F24L30T22_Source[119] = ShiftModule_L19F13L31T14_ShiftModule_L26F21T61_Source[23];
assign ShiftModule_L19F13L31T14_ShiftModule_L25F24L30T22_Source[120] = ShiftModule_L19F13L31T14_ShiftModule_L26F21T61_Source[24];
assign ShiftModule_L19F13L31T14_ShiftModule_L25F24L30T22_Source[121] = ShiftModule_L19F13L31T14_ShiftModule_L26F21T61_Source[25];
assign ShiftModule_L19F13L31T14_ShiftModule_L25F24L30T22_Source[122] = ShiftModule_L19F13L31T14_ShiftModule_L26F21T61_Source[26];
assign ShiftModule_L19F13L31T14_ShiftModule_L25F24L30T22_Source[123] = ShiftModule_L19F13L31T14_ShiftModule_L26F21T61_Source[27];
assign ShiftModule_L19F13L31T14_ShiftModule_L25F24L30T22_Source[124] = ShiftModule_L19F13L31T14_ShiftModule_L26F21T61_Source[28];
assign ShiftModule_L19F13L31T14_ShiftModule_L25F24L30T22_Source[125] = ShiftModule_L19F13L31T14_ShiftModule_L26F21T61_Source[29];
assign ShiftModule_L19F13L31T14_ShiftModule_L25F24L30T22_Source[126] = ShiftModule_L19F13L31T14_ShiftModule_L26F21T61_Source[30];
assign ShiftModule_L19F13L31T14_ShiftModule_L25F24L30T22_Source[127] = ShiftModule_L19F13L31T14_ShiftModule_L26F21T61_Source[31];
assign ShiftModule_L19F13L31T14_ShiftModule_L25F24L30T22_Source[128] = ShiftModule_L19F13L31T14_ShiftModule_L26F21T61_Source[32];
assign Result = ShiftModule_L19F13L31T14_ShiftModule_L25F24L30T22_Source;
// [BEGIN USER ARCHITECTURE]
// [END USER ARCHITECTURE]
endmodule